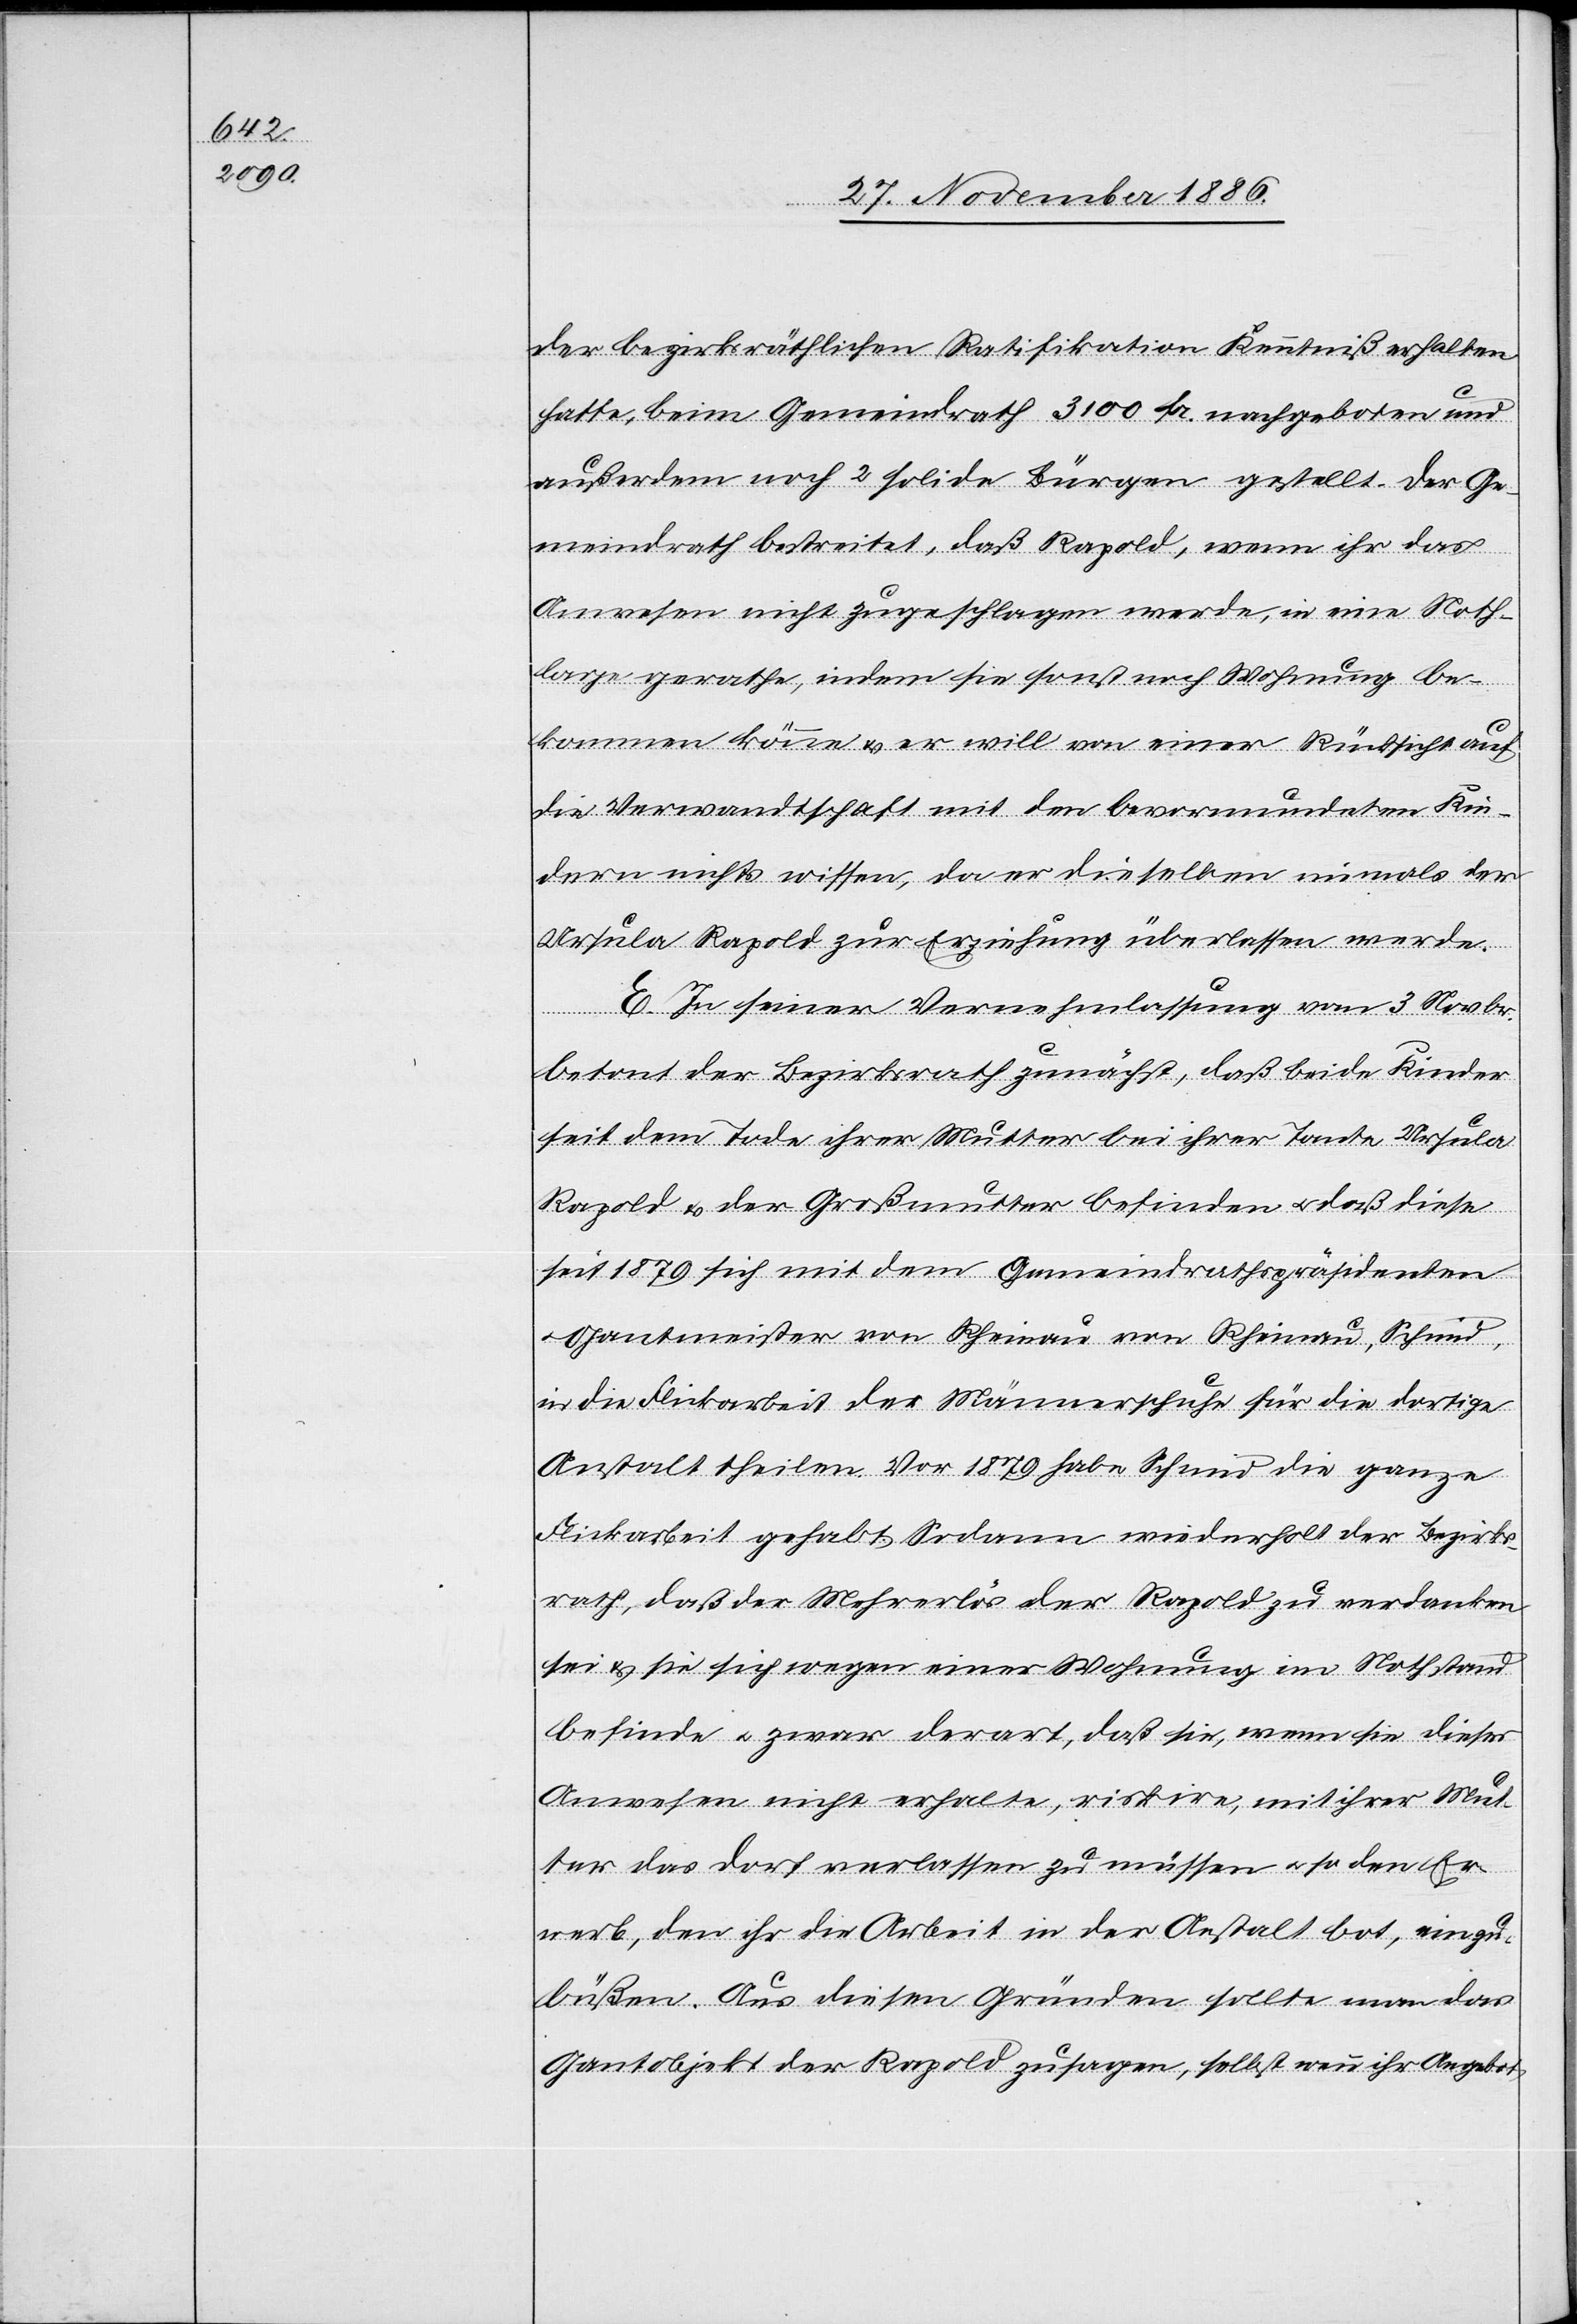
der bezirksräthlichen Ratifikation Kenntniß erhalten
hatte, beim Gemeindrath 3100 Fr. nachgeboten und
außerdem noch 2 solide Bürgen gestellt. Der Ge¬
meindrath bestreitet, daß Rapold, wenn ihr das
Anwesen nicht zugeschlagen werde, in eine Noth¬
lage gerathe, indem sie sonst noch Wohnung be¬
kommen könne & er will von einer Rücksicht auf
die Verwandtschaft mit den bevormundeten Kin¬
dern nichts wissen, da er dieselben niemals der
Ursula Rapold zur Erziehung überlassen werde.
E. In seiner Vernehmlassung vom 3. Novbr.
betont der Bezirksrath zunächst, daß [sich] beide Kinder
seit dem Tode ihrer Mutter bei ihrer Tante Ursula
Rapold & der Großmutter befinden & daß diese
seit 1879 sich mit dem Gemeindrathspräsidenten
Gantmeister von Rheinau von Rheinau [sic!],
in die Flickarbeit der Männerschuhe für die dortige
Anstalt theilen. Vor 1879 habe Schmid die ganze
Flickarbeit gehabt. Sodann wiederholt der Bezirks¬
rath, daß der Mehrerlös der Rapold zu verdanken
sei & sie sich wegen einer Wohnung im Nothstand
befinde & zwar derart, daß sie, wenn sie dieses
Anwesen nicht erhalte, riskire, mit ihrer Mut¬
ter das Dorf verlassen zu müssen & so den Er¬
werb, den ihr die Arbeit in der Anstalt bot, einzu¬
büßen. Aus diesen Gründen sollte man das
Gantobjekt der Rapold zusagen, selbst wenn ihr Angebot